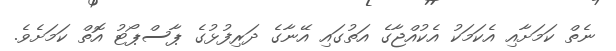
ނެތް ކަމަށާއި އެކަމަކު އެކުއްޖާގެ އަތުގައި އޭނާގެ ދަރިފުޅުގެ ޕާސްޕޯޓު އޮތް ކަމަށެވެ.